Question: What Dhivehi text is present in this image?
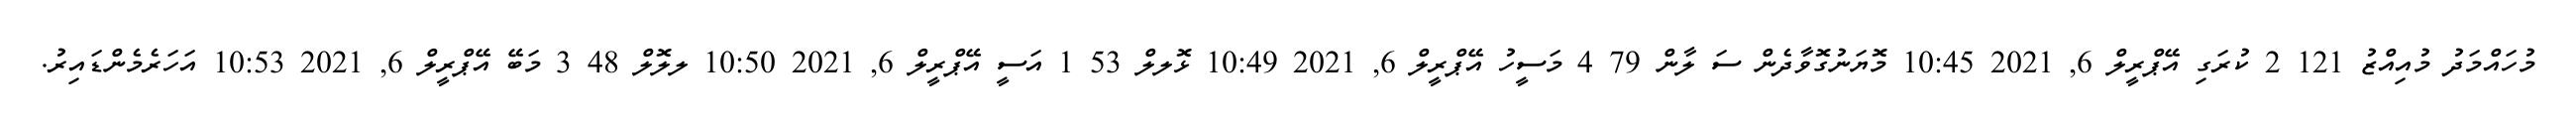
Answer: މުހައްމަދު މުއިއްޒު 121 2 ކުރަގި އޭޕްރީލް 6, 2021 10:45 މޮޔަނުގޮވާދެން ސަ ލާން 79 4 މަސީހު އޭޕްރީލް 6, 2021 10:49 ޅޮލލް 53 1 އަސީ އޭޕްރީލް 6, 2021 10:50 ލލޮލް 48 3 މަބޭ އޭޕްރީލް 6, 2021 10:53 އަހަރެމެންޑައިރު.